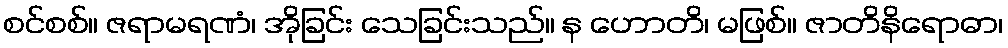
စင်စစ်။ ဇရာမရဏံ၊ အိုခြင်း သေခြင်းသည်။ န ဟောတိ၊ မဖြစ်။ ဇာတိနိရောဓာ၊